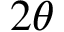
2 \theta